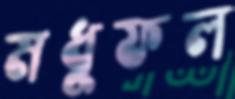
মধুফল